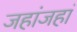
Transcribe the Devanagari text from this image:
जहांजहां